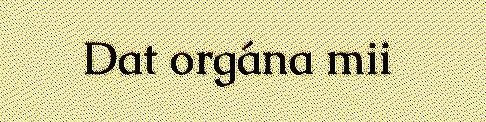
Dat orgána mii